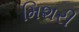
મિશરી